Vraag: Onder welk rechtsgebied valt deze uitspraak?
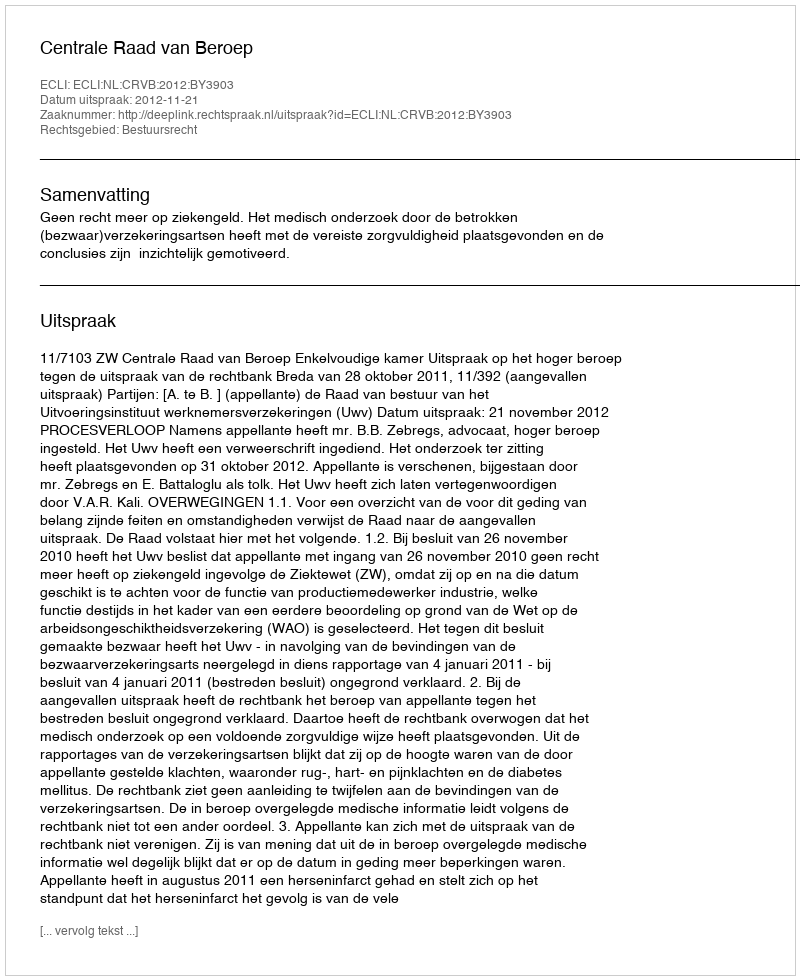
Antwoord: Bestuursrecht